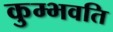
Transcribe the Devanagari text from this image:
कुम्भवति